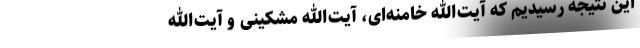
این نتیجه رسیدیم که آیت‌الله خامنه‌ای، آیت‌الله مشکینی و آیت‌الله